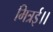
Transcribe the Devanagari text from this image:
मित्रई।।